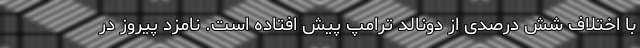
با اختلاف شش درصدی از دونالد ترامپ پیش افتاده است. نامزد پیروز در